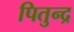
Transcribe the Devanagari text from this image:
पितुन्द्र